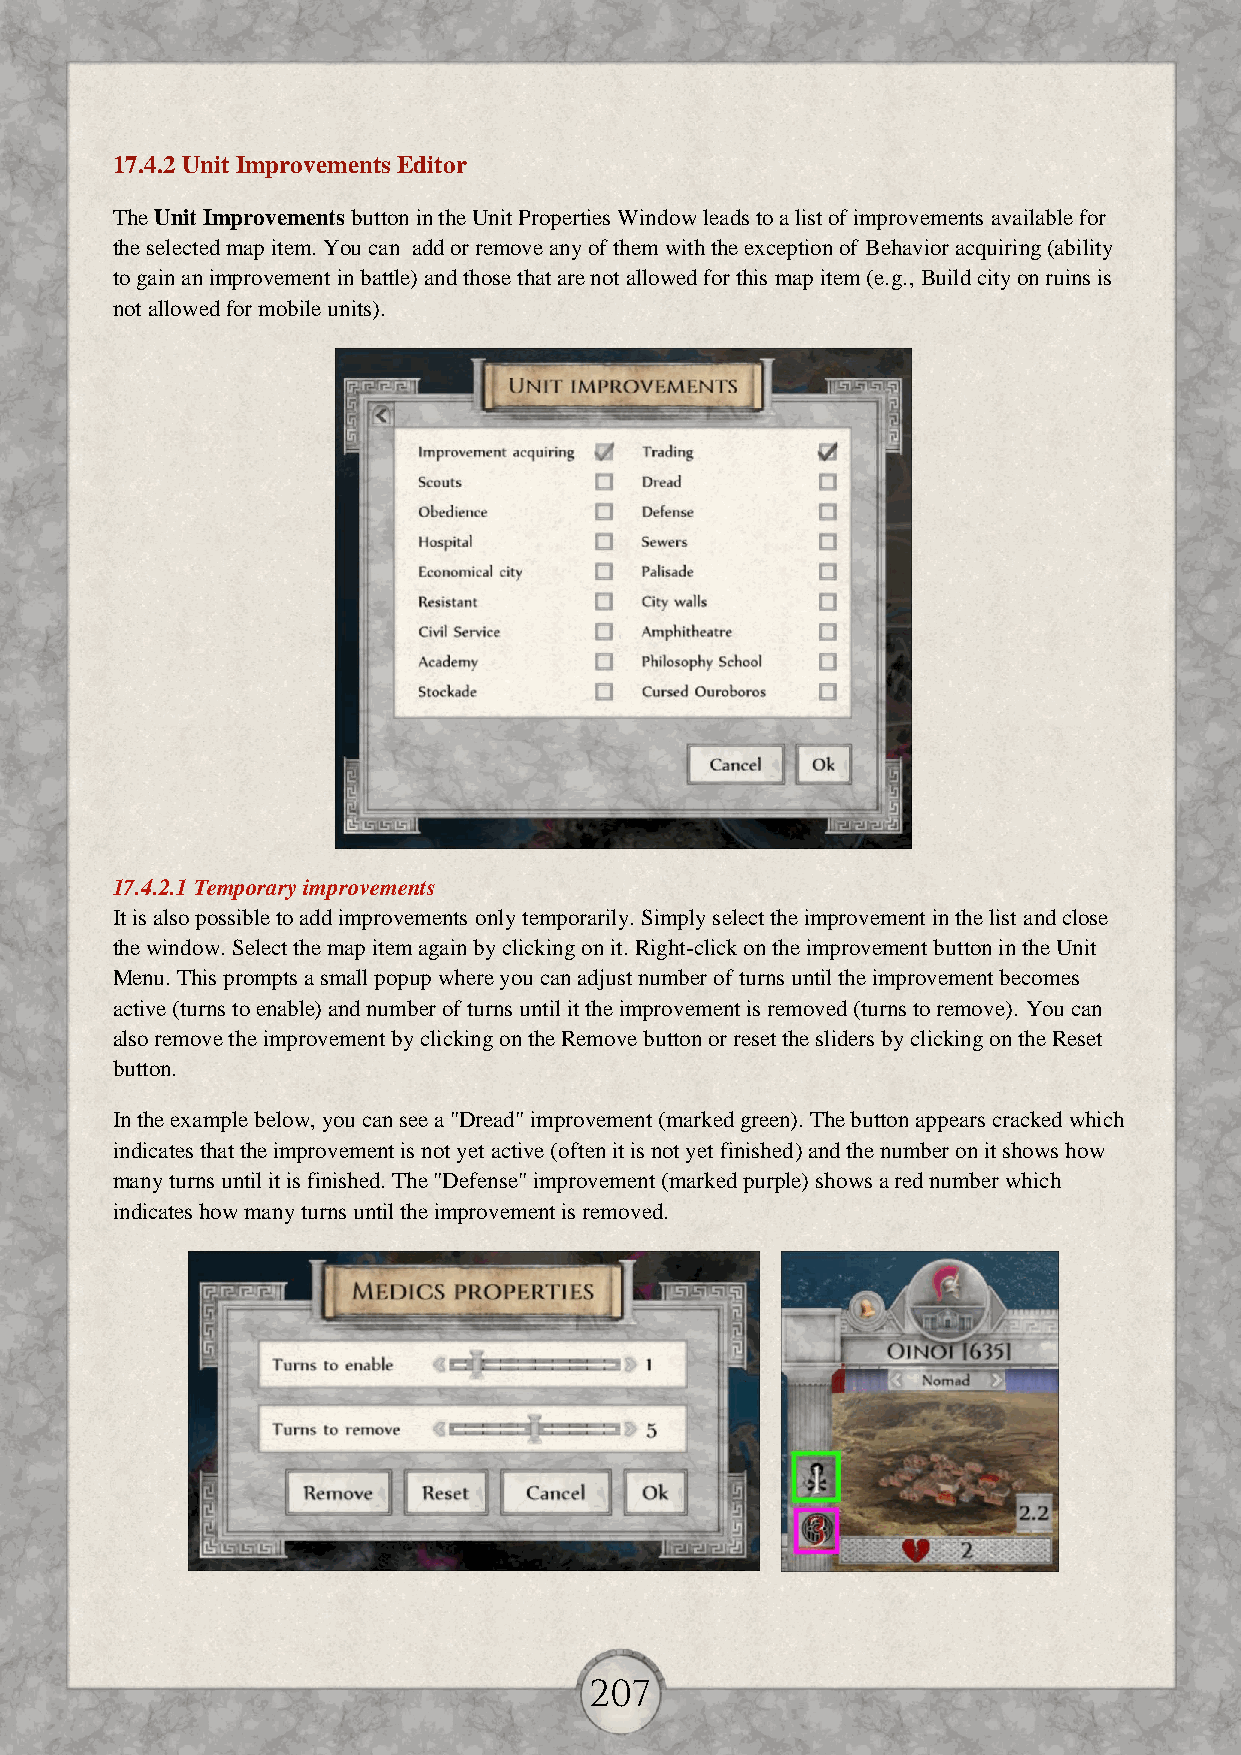
17.4.2 Unit Improvements Editor
 The Unit Improvements button in the Unit Properties Window leads to a list of improvements available for
 the selected map item. You can add or remove any of them with the exception of Behavior acquiring (ability
 to gain an improvement in battle) and those that are not allowed for this map item (e.g., Build city on ruins is
 not allowed for mobile units).
 17.4.2.1 Temporary improvements
 It is also possible to add improvements only temporarily. Simply select the improvement in the list and close
 the window. Select the map item again by clicking on it. Right-click on the improvement button in the Unit
 Menu. This prompts a small popup where you can adjust number of turns until the improvement becomes
 active (turns to enable) and number of turns until it the improvement is removed (turns to remove). You can
 also remove the improvement by clicking on the Remove button or reset the sliders by clicking on the Reset
 button.
 In the example below, you can see a "Dread" improvement (marked green). The button appears cracked which
 indicates that the improvement is not yet active (often it is not yet finished) and the number on it shows how
 many turns until it is finished. The "Defense" improvement (marked purple) shows a red number which
 indicates how many turns until the improvement is removed.
 207